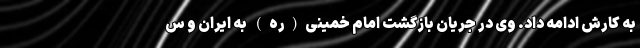
به کارش ادامه داد. وی در جریان بازگشت امام خمینی(ره) به ایران و س